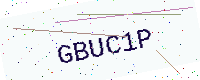
Text: GBUC1P